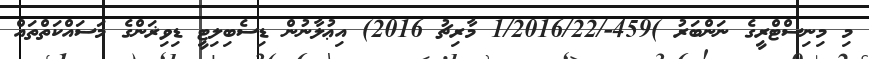
މި މިނިސްޓްރީގެ ނަންބަރު )459-/1/2016/22 މާރިޗު 2016) އިޢުލާނުން ޑިސެބިލިޓީ ޑިވިޜަންގެ މަސައްކަތްތައް